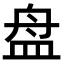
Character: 盘